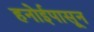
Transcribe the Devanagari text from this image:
हनोईपासून